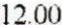
12.00